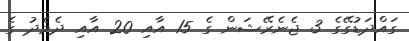
ގައްދަޑުގޭގެ 3 ޖެނެރޭޝަން ގެ 15 އާއި 20 އާއި ދެމެދު ގެ